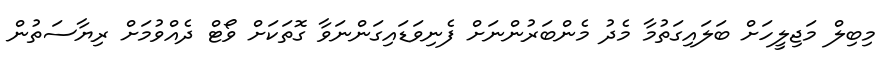
މިބިލް މަޖިލީހަށް ބަލައިގަތުމާ މެދު މެންބަރުންނަށް ފެނިވަޑައިގަންނަވާ ގޮތަކަށް ވޯޓް ދެއްވުމަށް ރިޔާސަތުން